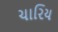
ચારિય